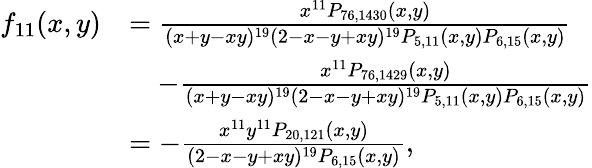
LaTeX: \begin{array}{rl}{f_{11}(x,y)}&{=\frac{x^{11}P_{76,1430}(x,y)}{(x+y-xy)^{19}(2-x-y+xy)^{19}P_{5,11}(x,y)P_{6,15}(x,y)}}\\ &{\quad-\frac{x^{11}P_{76,1429}(x,y)}{(x+y-xy)^{19}(2-x-y+xy)^{19}P_{5,11}(x,y)P_{6,15}(x,y)}}\\ &{=-\frac{x^{11}y^{11}P_{20,121}(x,y)}{(2-x-y+xy)^{19}P_{6,15}(x,y)},}\end{array}